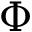
\Phi